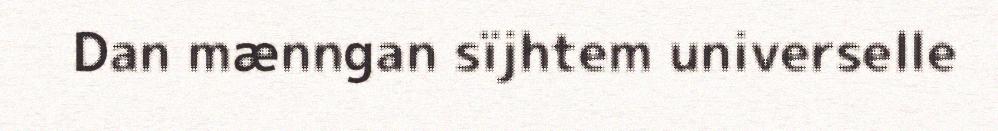
Dan mænngan sïjhtem universelle